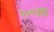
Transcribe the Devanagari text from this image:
२००४ला